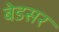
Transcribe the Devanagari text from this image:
बेडसर